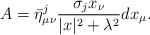
LaTeX: \begin{align*}A=\bar{\eta}^j_{\mu\nu}\frac{\sigma_jx_\nu}{|x|^2+\lambda^2}dx_\mu.\end{align*}